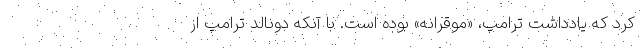
کرد که یادداشت ترامپ، «موقرانه» بوده است. با آنکه دونالد ترامپ از